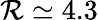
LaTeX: \mathcal{R}\simeq4.3